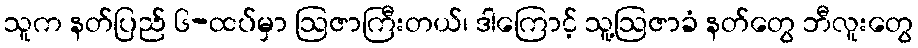
သူက နတ်ပြည် ၆-ထပ်မှာ ဩဇာကြီးတယ်၊ ဒါကြောင့် သူ့ဩဇာခံ နတ်တွေ ဘီလူးတွေ